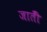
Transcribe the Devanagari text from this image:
जातीँ